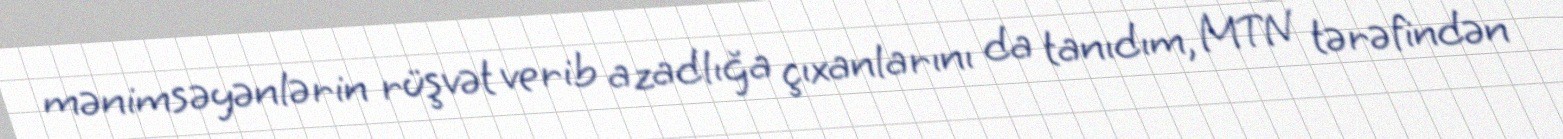
mənimsəyənlərin rüşvət verib azadlığa çıxanlarını da tanıdım, MTN tərəfindən